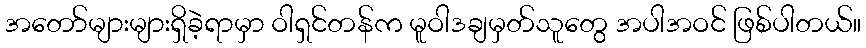
အတော်များများရှိခဲ့ရာမှာ ဝါရှင်တန်က မူဝါဒချမှတ်သူတွေ အပါအဝင် ဖြစ်ပါတယ်။